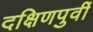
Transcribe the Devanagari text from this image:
दक्षिणपुर्वी